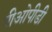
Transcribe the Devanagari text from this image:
पीओपीडी